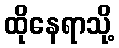
ထိုနေရာသို့